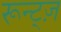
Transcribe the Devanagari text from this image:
रून्ट्ज़